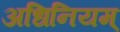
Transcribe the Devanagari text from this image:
अधिनियम्